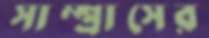
সাম্প্রাসের